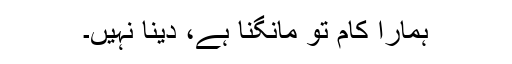
ہمارا کام تو مانگنا ہے، دینا نہیں۔